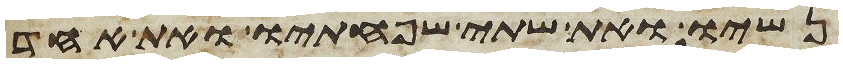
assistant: נשיו ואת שתי שפחתיו ואת אחד